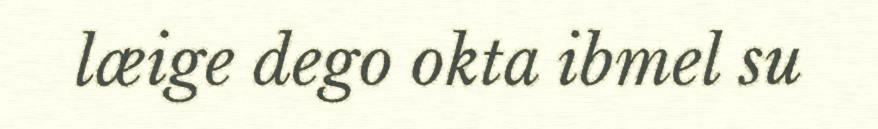
læige dego okta ibmel su